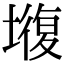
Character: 𡐣